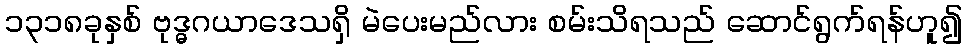
၁၃၁၈ခုနှစ် ဗုဒ္ဓဂယာဒေသရှိ မဲပေးမည်လား စမ်းသိရသည် ဆောင်ရွက်ရန်ဟူ၍